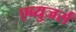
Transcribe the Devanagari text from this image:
एब्युजर्स